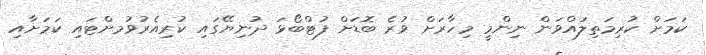
ކަމަށް ކުރިމަތިލައްވަން ނިންމީ މިހާރަށް ވުރެ ބޮޑަށް ފުޓްބޯޅަ ދުނިޔޭގައި ކުރިއެރުވުމށްޓައި ކަމަށާއި